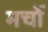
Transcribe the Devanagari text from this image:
मर्चो